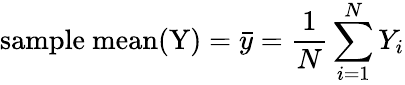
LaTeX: {\mathrm{sample~mean(Y)}}={\bar{y}}={\frac{1}{N}}\sum_{i=1}^{N}Y_{i}